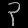
Digit: ၃